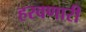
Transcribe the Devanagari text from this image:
हरवणारी